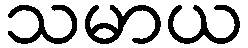
သမာယ